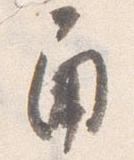
角